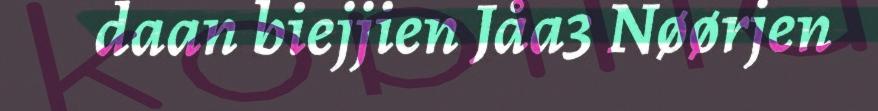
daan biejjien Jåa3 Nøørjen